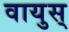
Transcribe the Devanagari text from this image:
वायुस्